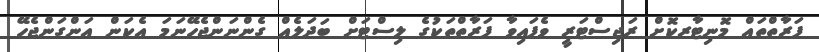
ފަރާތްތައް މޮނިޓާރކޮށް ރަޖިސްޓަރީ ވެފައިވާ ފަރާތްތަކުގެ ލިސްޓަށް ބަދަލެއް ގެންނަންޖެހޭނަމަ އެކަން އަންގަންޖެހޭ